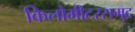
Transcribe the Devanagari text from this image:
किलोमीटरसमुद्र